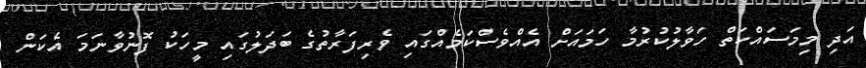
އަދި މިމަސައްކަތް ހަވާލުކުރުމާ ހަމައަށް އެއްވެސްކަމެއްގައި ވެރިފަރާތުގެ ބަދަލުގައި މީހަކު ފޮނުވާނަމަ އެކަން